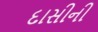
દાસીની